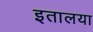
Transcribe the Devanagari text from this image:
इतालया